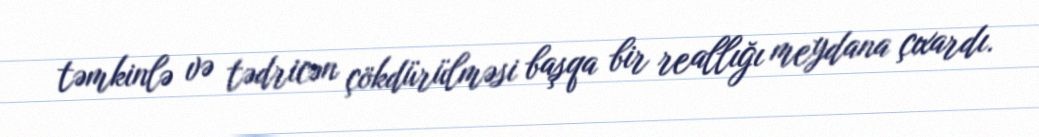
təmkinlə və tədricən çökdürülməsi başqa bir reallığı meydana çıxardı.